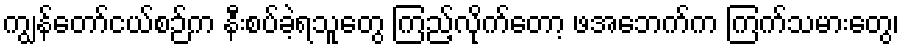
ကျွန်တော်ငယ်စဉ်က နီးစပ်ခဲ့ရသူတွေ ကြည့်လိုက်တော့ ဖအေဘက်က ကြက်သမားတွေ၊